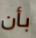
بأن